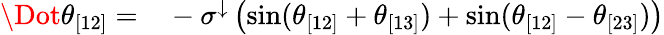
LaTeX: \begin{array}{rl}{\Dot{\theta}_{[12]}=}&{{}-\sigma^{\downarrow}\left(\sin(\theta_{[12]}+\theta_{[13]})+\sin(\theta_{[12]}-\theta_{[23]})\right)}\end{array}